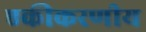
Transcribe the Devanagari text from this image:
एकीकरणीय